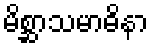
မိစ္ဆာသမာဓိနာ